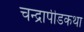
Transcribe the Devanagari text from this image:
चन्द्रापीडकथा